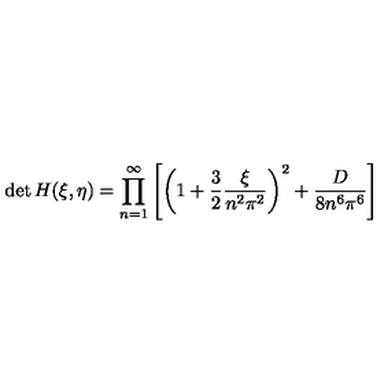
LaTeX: \det H ( \xi , \eta ) = \prod _ { n = 1 } ^ { \infty } \left[ \left( 1 + \frac 3 2 \frac { \xi } { n ^ { 2 } \pi ^ { 2 } } \right) ^ { 2 } + \frac { D } { 8 n ^ { 6 } \pi ^ { 6 } } \right]